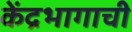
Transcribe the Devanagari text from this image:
केंद्रभागाची